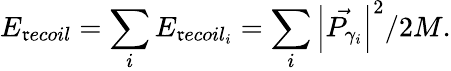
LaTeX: E_{\mathfrak{r}ecoil}=\sum_{i}E_{\mathfrak{r}ecoil_{i}}=\sum_{i}\left|\vec{{P_{\gamma_{i}}}}\right|^{2}/2M.